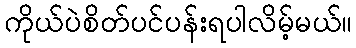
ကိုယ်ပဲစိတ်ပင်ပန်းရပါလိမ့်မယ်။